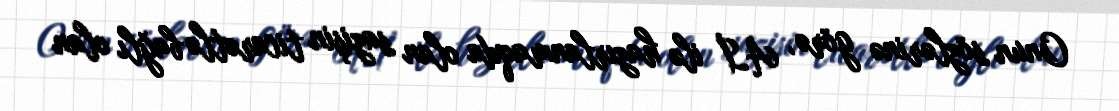
Onun sözlərinə görə, Aİ ilə hazırlanmaqda olan sazişin ticarətlə bağlı olan